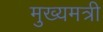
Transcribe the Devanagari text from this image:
मुख्यमत्री